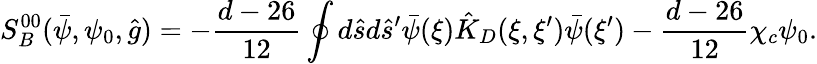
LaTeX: {S_{B}^{00}}(\bar{\psi},{\psi_{0}},\hat{g})=-{\frac{d-26}{12}}\oint{d}\hat{s}d{\hat{s}^{\prime}}\bar{\psi}(\xi){\hat{K}_{D}}(\xi,\xi^{\prime})\bar{\psi}(\xi^{\prime})-{\frac{d-26}{12}}{\chi_{c}}{\psi_{0}}.